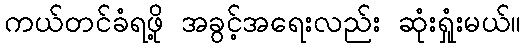
ကယ်တင်ခံရဖို့ အခွင့်အရေးလည်း ဆုံးရှုံးမယ်။